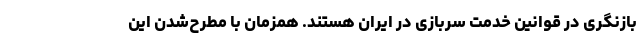
بازنگری در قوانین خدمت سربازی در ایران هستند. همزمان با مطرح‌شدن این